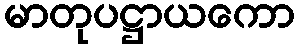
မာတုပဋ္ဌာယကော